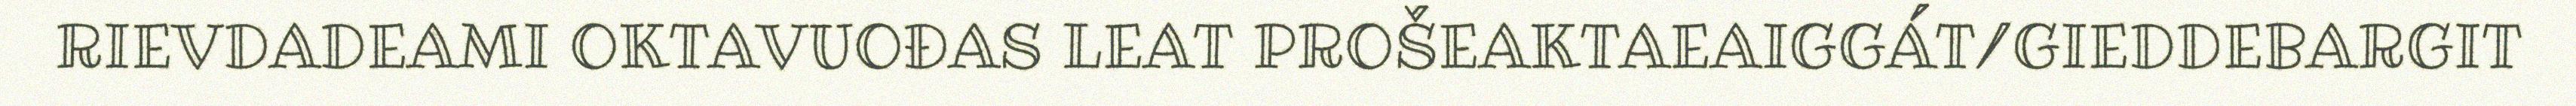
RIEVDADEAMI OKTAVUOĐAS LEAT PROŠEAKTAEAIGGÁT/GIEDDEBARGIT